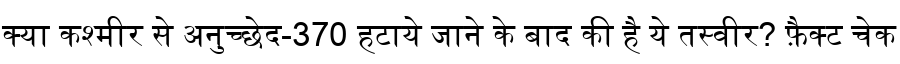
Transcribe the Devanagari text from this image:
क्या कश्मीर से अनुच्छेद-370 हटाये जाने के बाद की है ये तस्वीर? फ़ैक्ट चेक